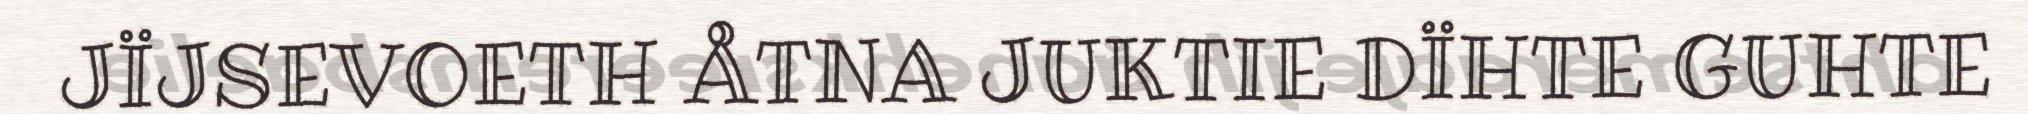
JÏJSEVOETH ÅTNA JUKTIE DÏHTE GUHTE